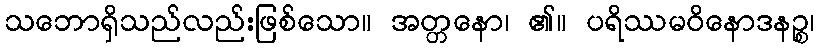
သဘောရှိသည်လည်းဖြစ်သော။ အတ္တနော၊ ၏။ ပရိဿမဝိနောဒနဉ္စ၊